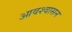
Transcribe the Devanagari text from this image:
आवश्‍वासन